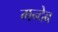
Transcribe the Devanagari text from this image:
मन्देब